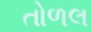
તોળલ